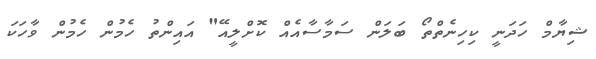
ޝިޔާމް ހަދަނީ ކިހިނެތްތޯ ބަލަން ސަމާސާއެއް ކޮށްލީއޭ" އައިންތު ހެމުން ހެމުން ވާހަކަ